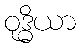
ဝုဒ္ဓိယာ